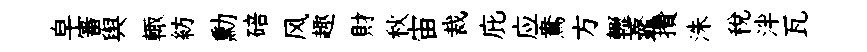
皁審舆輙紡勳碚风趣財秋宙裁庇应鴦方轣虀攢洙稅泮瓦